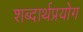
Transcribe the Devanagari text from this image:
शब्दार्थप्रयोग